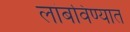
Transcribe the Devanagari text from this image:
लांबविण्यात